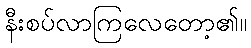
နီးစပ်လာကြလေတော့၏။